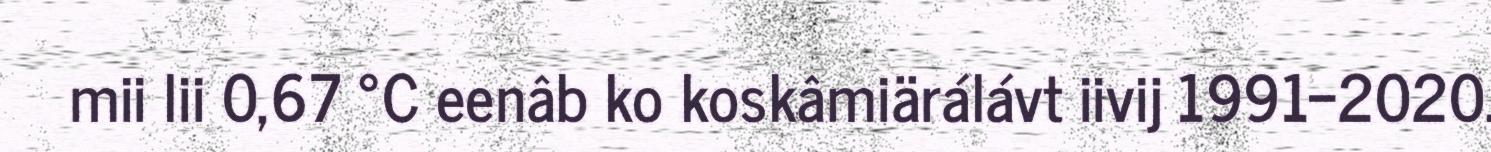
mii lii 0,67 °C eenâb ko koskâmiärálávt iivij 1991−2020.